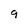
Character: 9